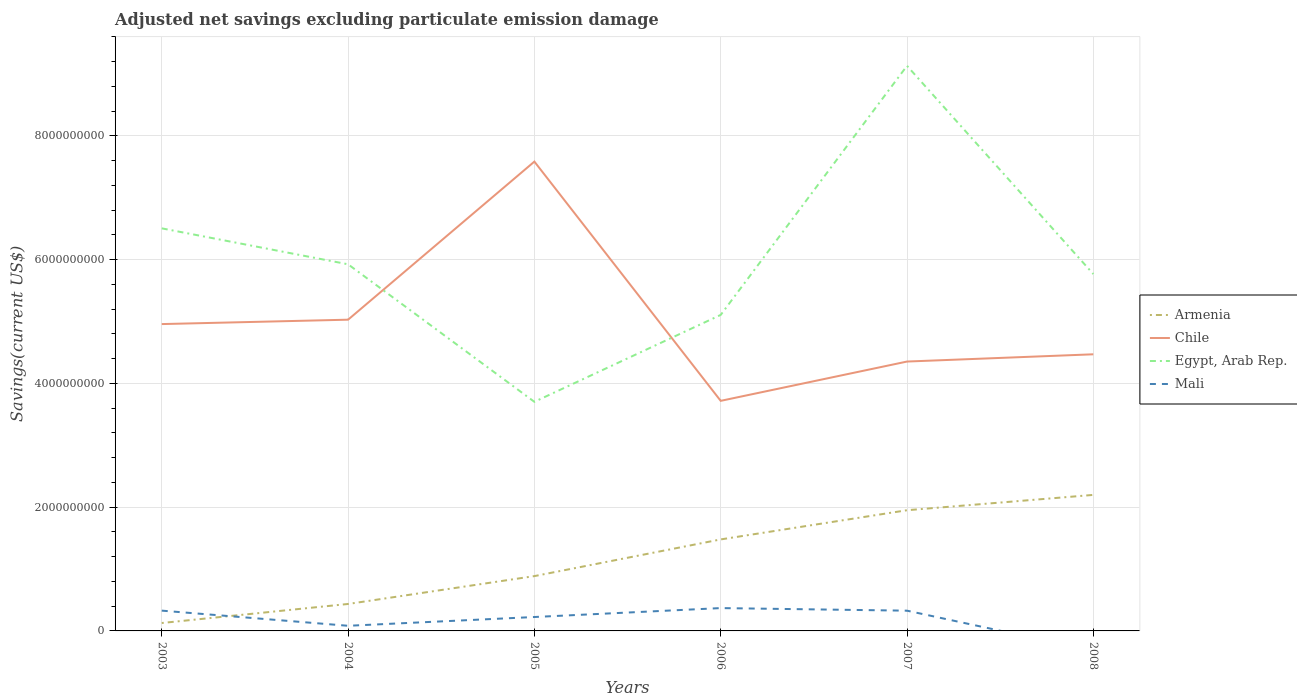
| Years | Armenia | Chile | Egypt, Arab Rep. | Mali |
 | --- | --- | --- | --- | --- |
 | 2003 | 1.28e+08 | 4.96e+09 | 6.51e+09 | 3.28e+08 |
 | 2004 | 4.36e+08 | 5.03e+09 | 5.93e+09 | 8.31e+07 |
 | 2005 | 8.86e+08 | 7.59e+09 | 3.7e+09 | 2.25e+08 |
 | 2006 | 1.48e+09 | 3.72e+09 | 5.11e+09 | 3.69e+08 |
 | 2007 | 1.95e+09 | 4.35e+09 | 9.13e+09 | 3.27e+08 |
 | 2008 | 2.2e+09 | 4.47e+09 | 5.77e+09 | -3.2e+08 |